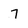
Character: 7